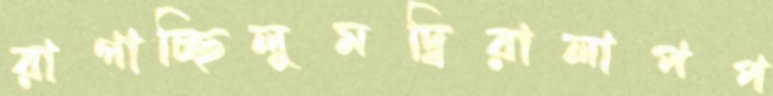
রাগাচ্ছিলুমদ্বিরালাপপ